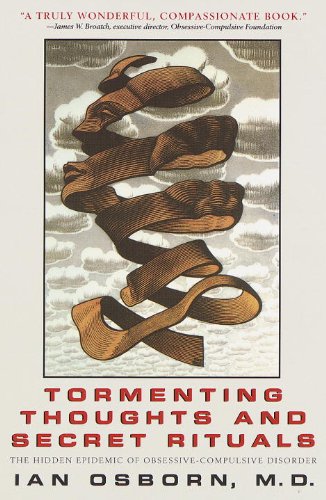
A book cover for Tormenting Thoughts and Secret Rituals: The Hidden Epidemic of Obsessive-Compulsive Disorder; Ian Osborn; Health, Fitness & Dieting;